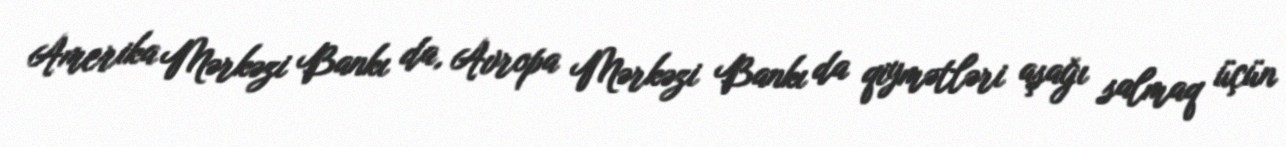
Amerika Mərkəzi Bankı da, Avropa Mərkəzi Bankı da qiymətləri aşağı salmaq üçün